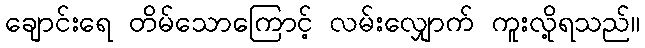
ချောင်းရေ တိမ်သောကြောင့် လမ်းလျှောက် ကူးလို့ရသည်။